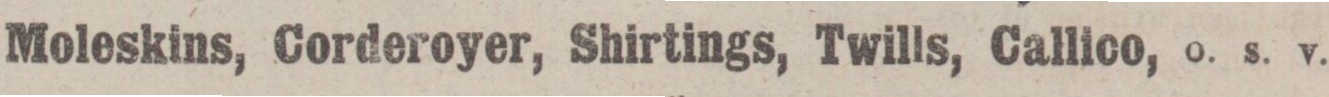
Moleskins, Corderoyer, Shirtings, Twills, Callico, o. s. v.